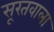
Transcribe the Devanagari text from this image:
सूरतवाला